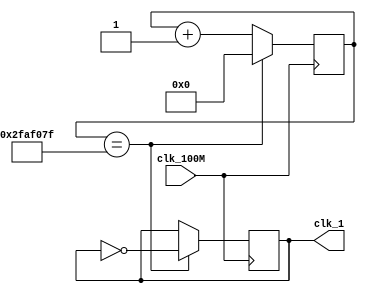
`timescale 1ns / 1ps

module OneHz_Gen(
    input clk_100M,
    output clk_1
    );
    
    reg [25:0] counter = 0;
    reg clk_out = 0;
    
    always @(posedge clk_100M) begin
        if (counter == 49_999_999) // flip at halfway point
        begin
            clk_out <= ~clk_out;
            counter <= 0;
        end
        else
            counter <= counter + 1;
    end
    
    assign clk_1 = clk_out;
    
endmodule